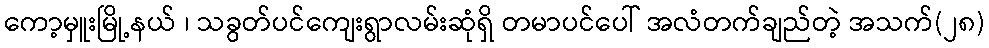
ကော့မှူးမြို့နယ် ၊ သခွတ်ပင်ကျေးရွာလမ်းဆုံရှိ တမာပင်ပေါ် အလံတက်ချည်တဲ့ အသက်(၂၈)